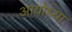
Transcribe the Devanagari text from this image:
अायोध्या